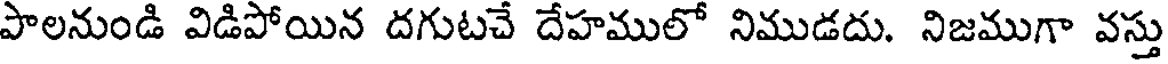
పాలనుండి విడిపోయిన దగుటచే దేహములో నిముడదు. నిజముగా వస్తు